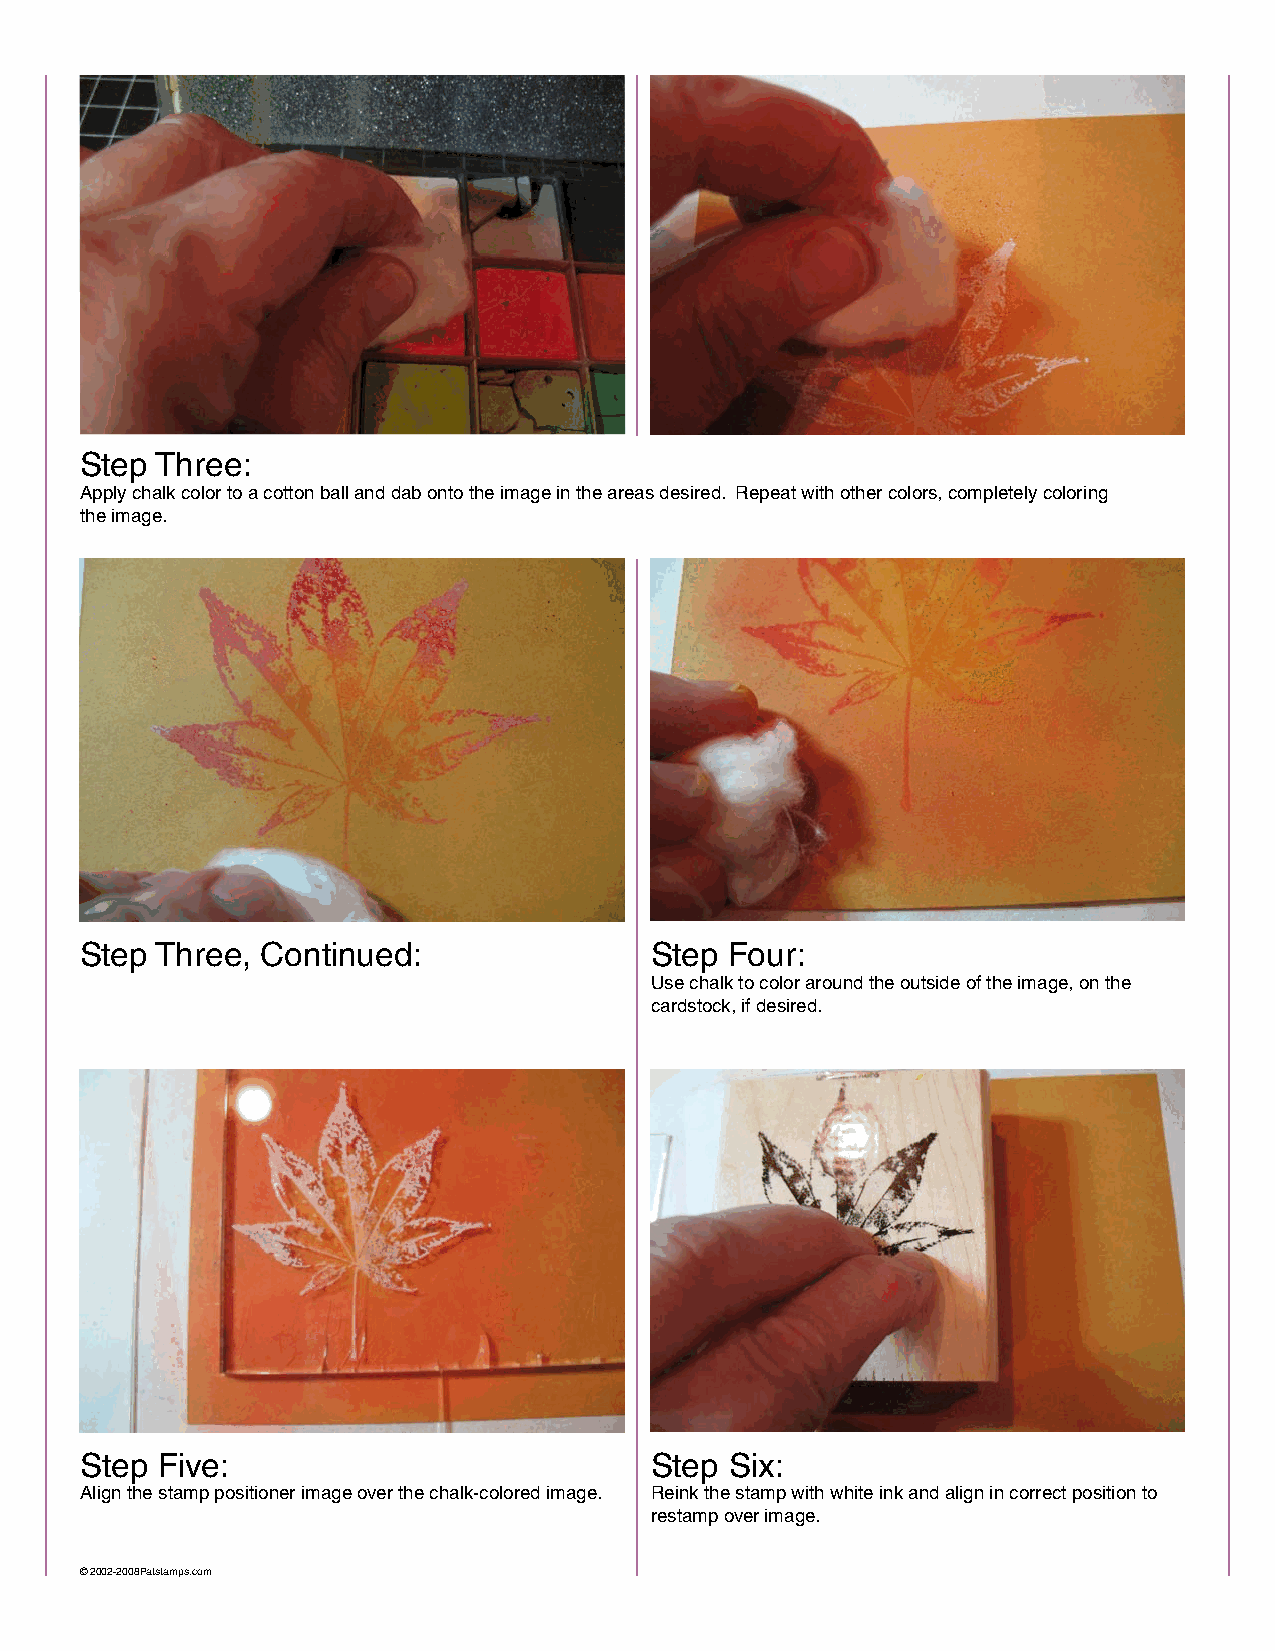
Step Three:
 Apply chalk color to a cotton ball and dab onto the image in the areas desired. Repeat with other colors, completely coloring
 the image.
 Step Three, Continued:                Step Four:
 Use chalk to color around the outside of the image, on the
 cardstock, if desired.
 Step Five:                            Step Six:
 Align the stamp positioner image over the chalk-colored image. Reink the stamp with white ink and align in correct position to
 restamp over image.
 © 2002-2008Patstamps.com